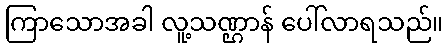
ကြာသောအခါ လူ့သဏ္ဌာန် ပေါ်လာရသည်။